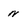
Character: n